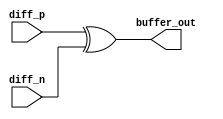
module io_diff_buffer (
  input wire diff_p,
  input wire diff_n,
  output wire buffer_out
);

assign buffer_out = diff_p ^ diff_n;

endmodule